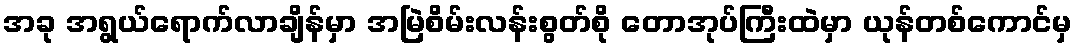
အခု အရွယ်ရောက်လာချိန်မှာ အမြဲစိမ်းလန်းစွတ်စို တောအုပ်ကြီးထဲမှာ ယုန်တစ်ကောင်မှ